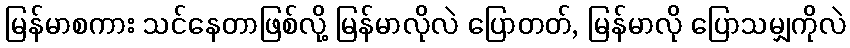
မြန်မာစကား သင်နေတာဖြစ်လို့ မြန်မာလိုလဲ ပြောတတ်, မြန်မာလို ပြောသမျှကိုလဲ